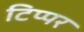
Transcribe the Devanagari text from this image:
टिप्पर